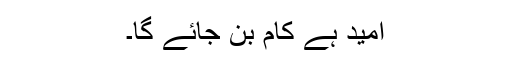
امید ہے کام بن جائے گا۔